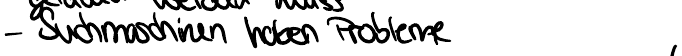
- Suchmaschinen haben Probleme